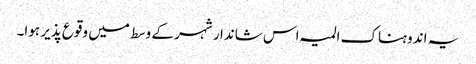
یہ اندوہناک المیہ اس شاندار شہر کے وسط میں وقوع پذیر ہوا۔